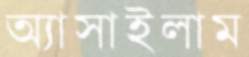
অ্যাসাইলাম